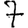
Digit: 7